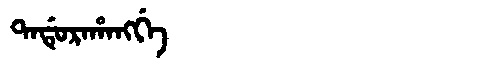
Manchu: ᡨᠠᡩᡠᡵᠠᡥᠠᠩᡤᡝ
Romanization: TADURAHANGGE